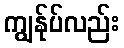
ကျွန်ုပ်လည်း